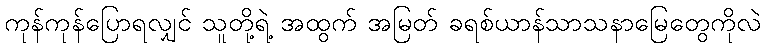
ကုန်ကုန်ပြောရလျှင် သူတို့ရဲ့ အထွက် အမြတ် ခရစ်ယာန်သာသနာမြေတွေကိုလဲ